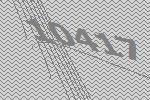
10417